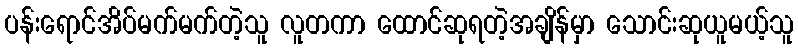
ပန်းရောင်အိပ်မက်မက်တဲ့သူ လူတကာ ထောင်ဆုရတဲ့အချိန်မှာ သောင်းဆုယူမယ့်သူ